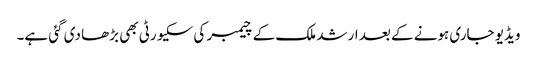
ویڈیو جاری ہونے کے بعد ارشد ملک کے چیمبر کی سکیورٹی بھی بڑھا دی گئی ہے۔